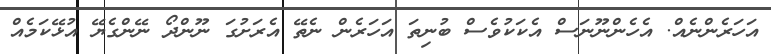
އަހަރެންނެއް. އެހެންނޫނަސް އެކަކުވެސް ބުނިތަ އަހަރެން ނެތޭ އެރަށުގަ ނޫންދޯ ނޭންގެޔޭ އުޅޭކަމެއް